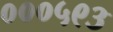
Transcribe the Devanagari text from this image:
०००५९३